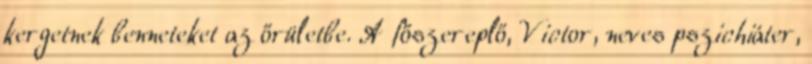
kergetnek benneteket az őrületbe. A főszereplő, Victor, neves pszichiáter,